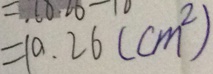
= 1 0 . 2 6 ( c m ^ { 2 } )